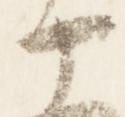
十